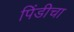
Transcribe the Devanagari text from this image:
पिंडीचा